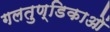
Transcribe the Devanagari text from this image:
गलतुण्डिकाओं